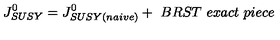
J _ { S U S Y } ^ { 0 } = J _ { S U S Y ( n a i v e ) } ^ { 0 } + \ B R S T \ e x a c t \ p i e c e